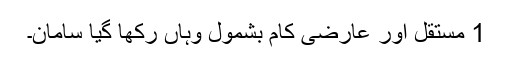
1 مستقل اور عارضی کام بشمول وہاں رکھا گیا سامان۔